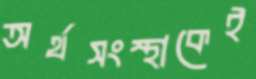
অর্থসংস্থাকেই